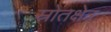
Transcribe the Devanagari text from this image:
स्रोतक्षेत्र